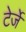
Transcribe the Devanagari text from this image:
टेर्जे